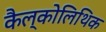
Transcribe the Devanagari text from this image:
कैल्कोलिथिक